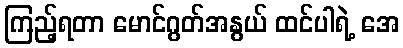
ကြည့်ရတာ မောင်ဂွတ်အနွယ် ထင်ပါရဲ့ အေ